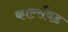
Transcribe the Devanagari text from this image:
कार्ल्सबड